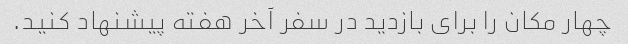
چهار مکان را برای بازدید در سفر آخر هفته پیشنهاد کنید.